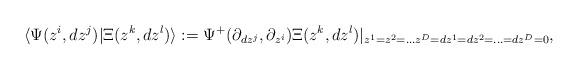
LaTeX: \begin{align*}\langle \Psi(z^i,dz^j)|\Xi(z^k,dz^l)\rangle :=\Psi^+(\partial_{dz^j} , \partial_{z^i})\Xi(z^k,dz^l)|_{z^1=z^2=...z^D=dz^1=dz^2=...=dz^D=0},\end{align*}